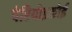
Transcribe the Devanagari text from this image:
पेरियोइकोई